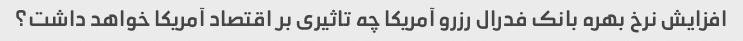
افزایش نرخ بهره بانک فدرال رزرو آمریکا چه تاثیری بر اقتصاد آمریکا خواهد داشت؟